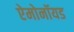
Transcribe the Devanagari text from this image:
ऐमोनॉयड